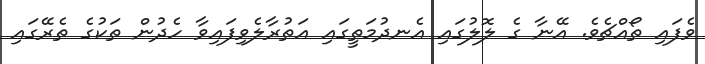
ވެފައި ތޯއްޗެވެ. އޭނާ ގެ ލޮލުގައި އެނދުމަތީގައި އަތުރާލެވިފައިވާ ހެދުން ތަކުގެ ތެރޭގައި